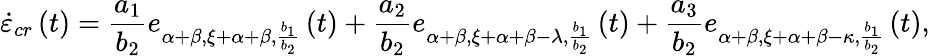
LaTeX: \dot{\varepsilon}_{cr}\left(t\right)=\frac{a_{1}}{b_{2}}e_{\alpha+\beta,\xi+\alpha+\beta,\frac{b_{1}}{b_{2}}}\left(t\right)+\frac{a_{2}}{b_{2}}e_{\alpha+\beta,\xi+\alpha+\beta-\lambda,\frac{b_{1}}{b_{2}}}\left(t\right)+\frac{a_{3}}{b_{2}}e_{\alpha+\beta,\xi+\alpha+\beta-\kappa,\frac{b_{1}}{b_{2}}}\left(t\right),